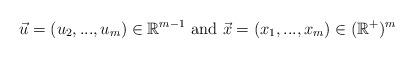
LaTeX: \begin{align*}\vec{u}=(u_2,...,u_m) \in \mathbb{R}^{m-1} \mbox{ and } \vec{x} = (x_{1},...,x_{m}) \in (\mathbb{R}^{+})^{m}\end{align*}